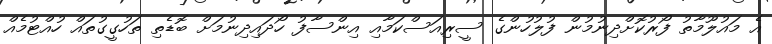
އެ މައުލޫމާތު ފޯރުކޮށްދިނުމުން ފުލުހުންގެ ސީރިއަސްކަމާއި އިންސާފު ހޯދައިދިނުމަށް ބޮޑެތި ތަހުގީގުތައް ހުއްޓުމެއް